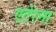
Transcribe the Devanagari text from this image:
एटेरना